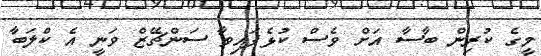
މީގެ ކުރިން ބާސާ އަށް ވެސް ކުޅެފައިވާ ސަންޗޭޒް ވަނީ އެ ކްލަބާ